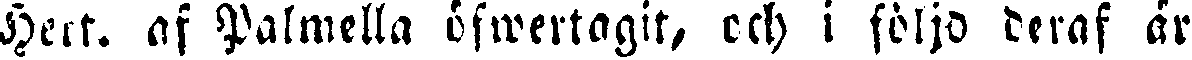
Hert. af Palmella öfwertagit, och i följo deraf är